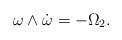
LaTeX: \begin{align*}\omega \wedge \dot{\omega} = - \Omega_2.\end{align*}